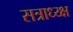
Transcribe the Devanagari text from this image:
सत्राध्य्क्ष